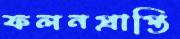
ফলনপ্রাপ্তি